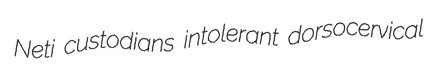
Neti custodians intolerant dorsocervical